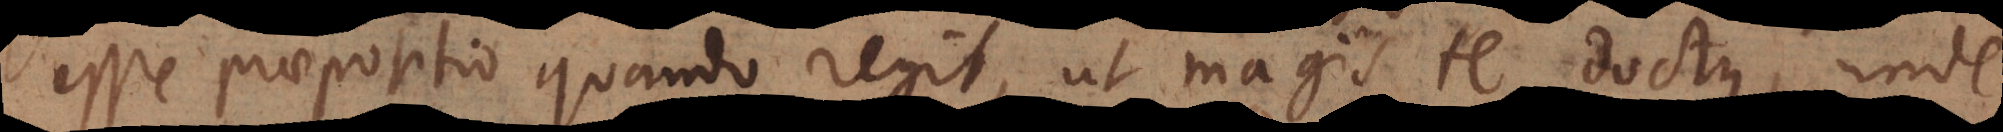
esse praepositio quando regit, ut magis te doctus, unde